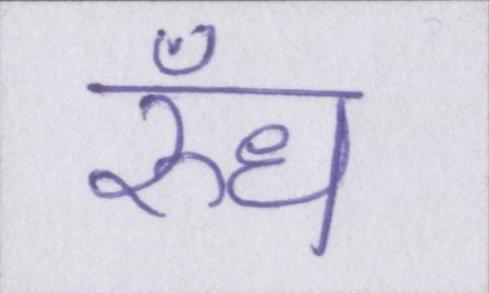
रुँध